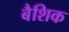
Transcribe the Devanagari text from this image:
बैशिक